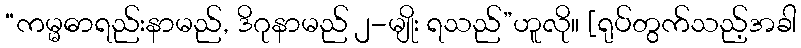
“ကမ္မဓာရည်းနာမည်, ဒိဂုနာမည် ၂-မျိုး ရသည်”ဟူလို။ [ရုပ်တွက်သည့်အခါ